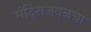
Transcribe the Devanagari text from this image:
मंदिराजवळचा